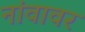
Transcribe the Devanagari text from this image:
नांवावर